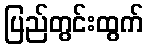
ပြည်တွင်းထွက်